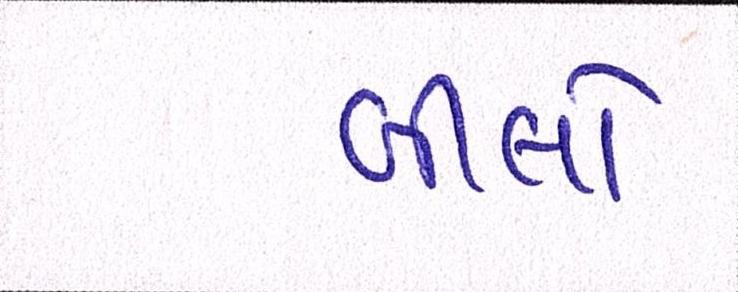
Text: બીલો